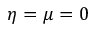
\eta = \mu = 0